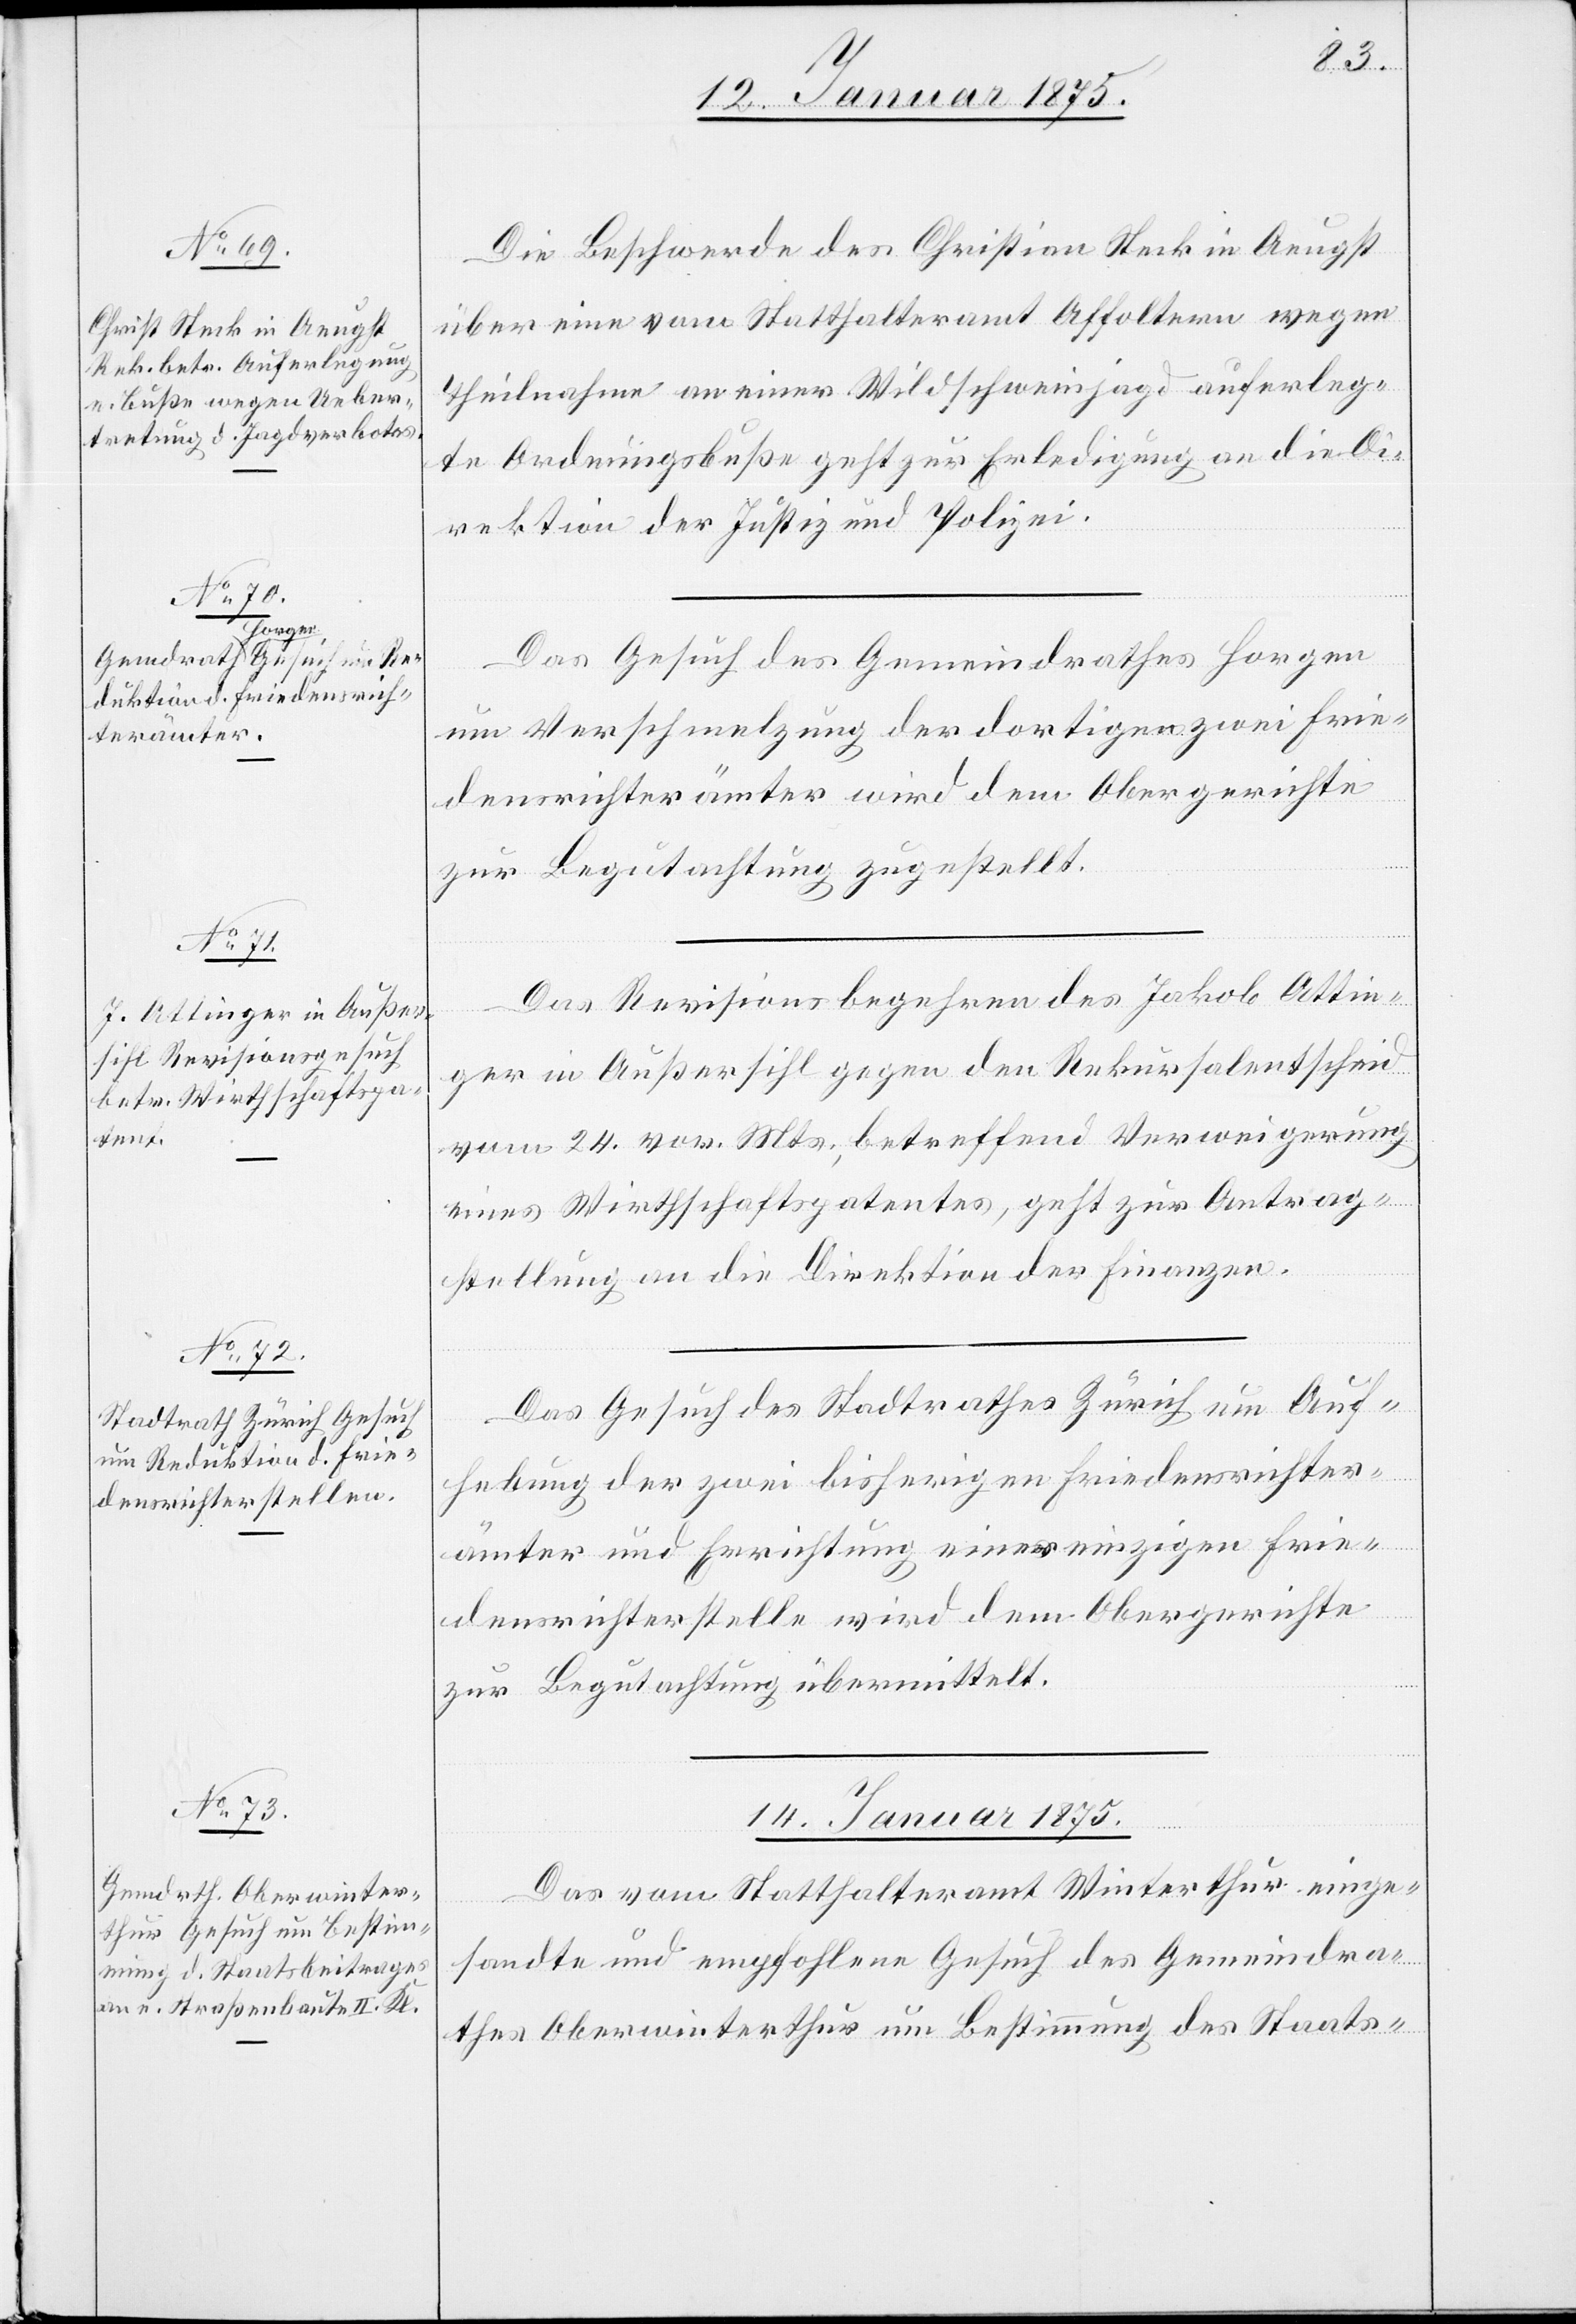
13. Januar 1875]
Die Beschwerde des Christian Steck in Aeugst
über eine vom Statthalteramt Affoltern wegen
Theilnahme an einer Wildschweinjagd auferleg¬
te Ordnungsbuße geht zur Erledigung an die Di¬
rektion der Justiz und Polizei.
Das Gesuch des Gemeindrathes Horgen
um Verschmelzung der dortigen zwei Frie¬
densrichterämter wird dem Obergerichte
zur Begutachtung zugestellt.
Das Revisionsbegehren des Jakob Attin¬
ger in Außersihl gegen den Rekursalentscheid
vom 24. vor. Mts. betreffend Verweigerung
eines Wirthschaftspatentes, geht zur Antrag¬
stellung an die Direktion der Finanzen.
Das Gesuch des Stadtrathes Zürich um Auf¬
hebung der zwei bisherigen Friedensrichter¬
stellen und Errichtung einer einzigen Frie¬
densrichterstelle wird dem Obergerichte
zur Begutachtung übermittelt.
14. Januar 1875
Das vom Statthalteramt Winterthur einge¬
sandte und empfohlene Gesuch des Gemeindra¬
thes Oberwinterthur um Bestimmung des Staats-